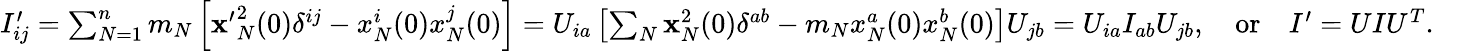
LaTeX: \begin{array}{r}{I_{ij}^{\prime}=\sum_{N=1}^{n}m_{N}\left[{\mathbf x^{\prime}}_{N}^{2}(0)\delta^{ij}-x_{N}^{i}(0)x_{N}^{j}(0)\right]=U_{ia}\left[\sum_{N}{\mathbf x}_{N}^{2}(0)\delta^{ab}-m_{N}x_{N}^{a}(0)x_{N}^{b}(0)\right]U_{jb}=U_{ia}I_{ab}U_{jb},\quad\mathrm{or}\quad I^{\prime}=UIU^{T}.\quad}\end{array}